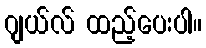
ဂျယ်လ် ထည့်ပေးပါ။